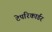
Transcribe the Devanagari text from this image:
टेपरिकार्डर